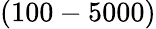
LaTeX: (100-5000)